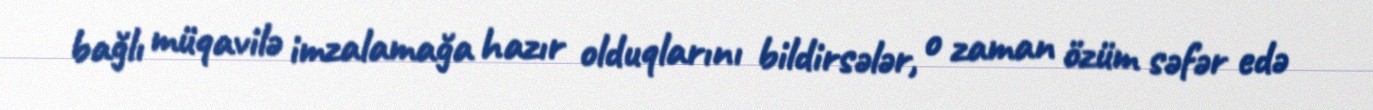
bağlı müqavilə imzalamağa hazır olduqlarını bildirsələr, o zaman özüm səfər edə